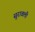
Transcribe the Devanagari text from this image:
सुरावली